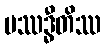
ပဿဒ္ဓီတိဿ